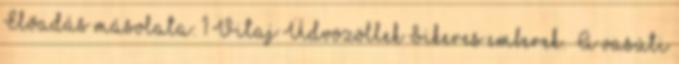
Előadás másolata: 1 Vitaj Üdvözöllek Sikeres emberek. „A vasúti